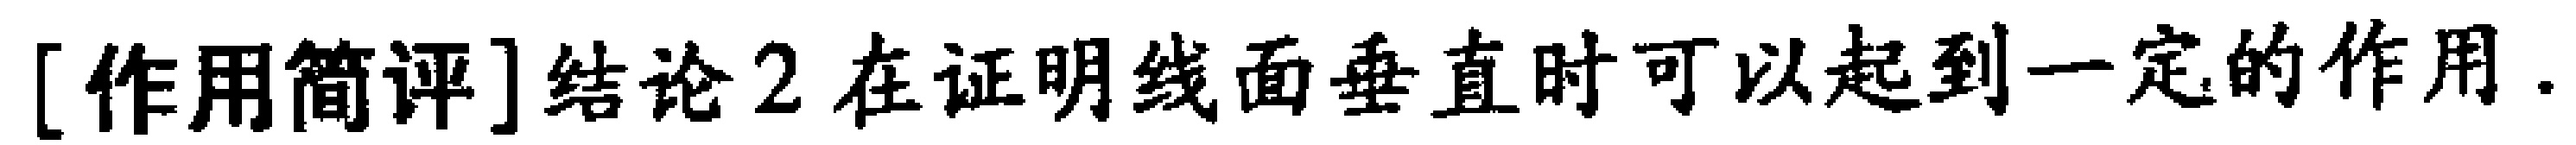
[作用简评]结论2 在证明线面垂直时可以起到一定的作用.